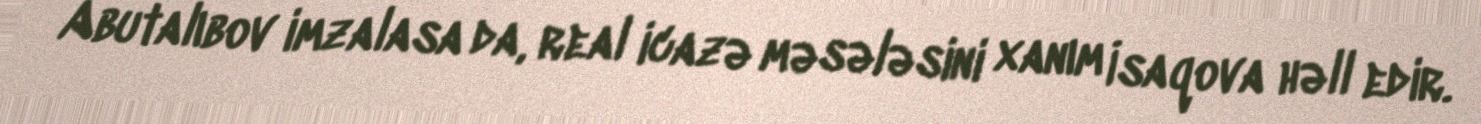
Abutalıbov imzalasa da, real icazə məsələsini xanım İsaqova həll edir.